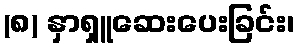
(၈) နှာရှူဆေးပေးခြင်း၊